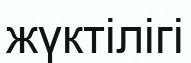
жүктілігі